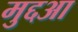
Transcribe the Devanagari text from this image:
मुद्दआ